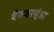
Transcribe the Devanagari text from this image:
वैफवरसुंडा